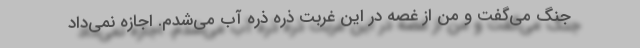
جنگ می‌گفت و من از غصه در این غربت ذره ذره آب می‌شدم. اجازه نمی‌داد